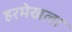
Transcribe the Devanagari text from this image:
हरमेखला